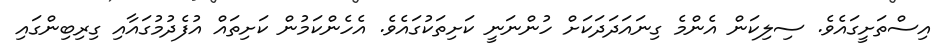
އިސްތަށީގައެވެ. ސިލިކަން އެންމެ ގިނައަދަދަކަށް ހުންނަނީ ކަށިތަކުގައެވެ. އެހެންކަމުން ކަށިތައް އުފެދުމުގައާއި ގިރިބިންގައި